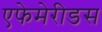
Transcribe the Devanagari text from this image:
एफेमेरीडस